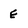
Character: e